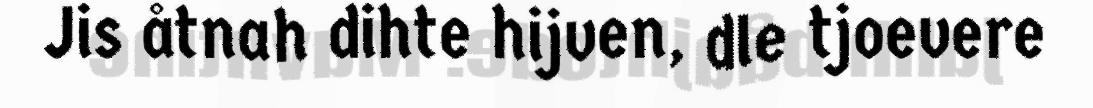
Jis åtnah dihte hijven, dle tjoevere